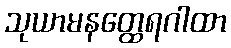
သုယာမနတ္ထေရဂါထာ